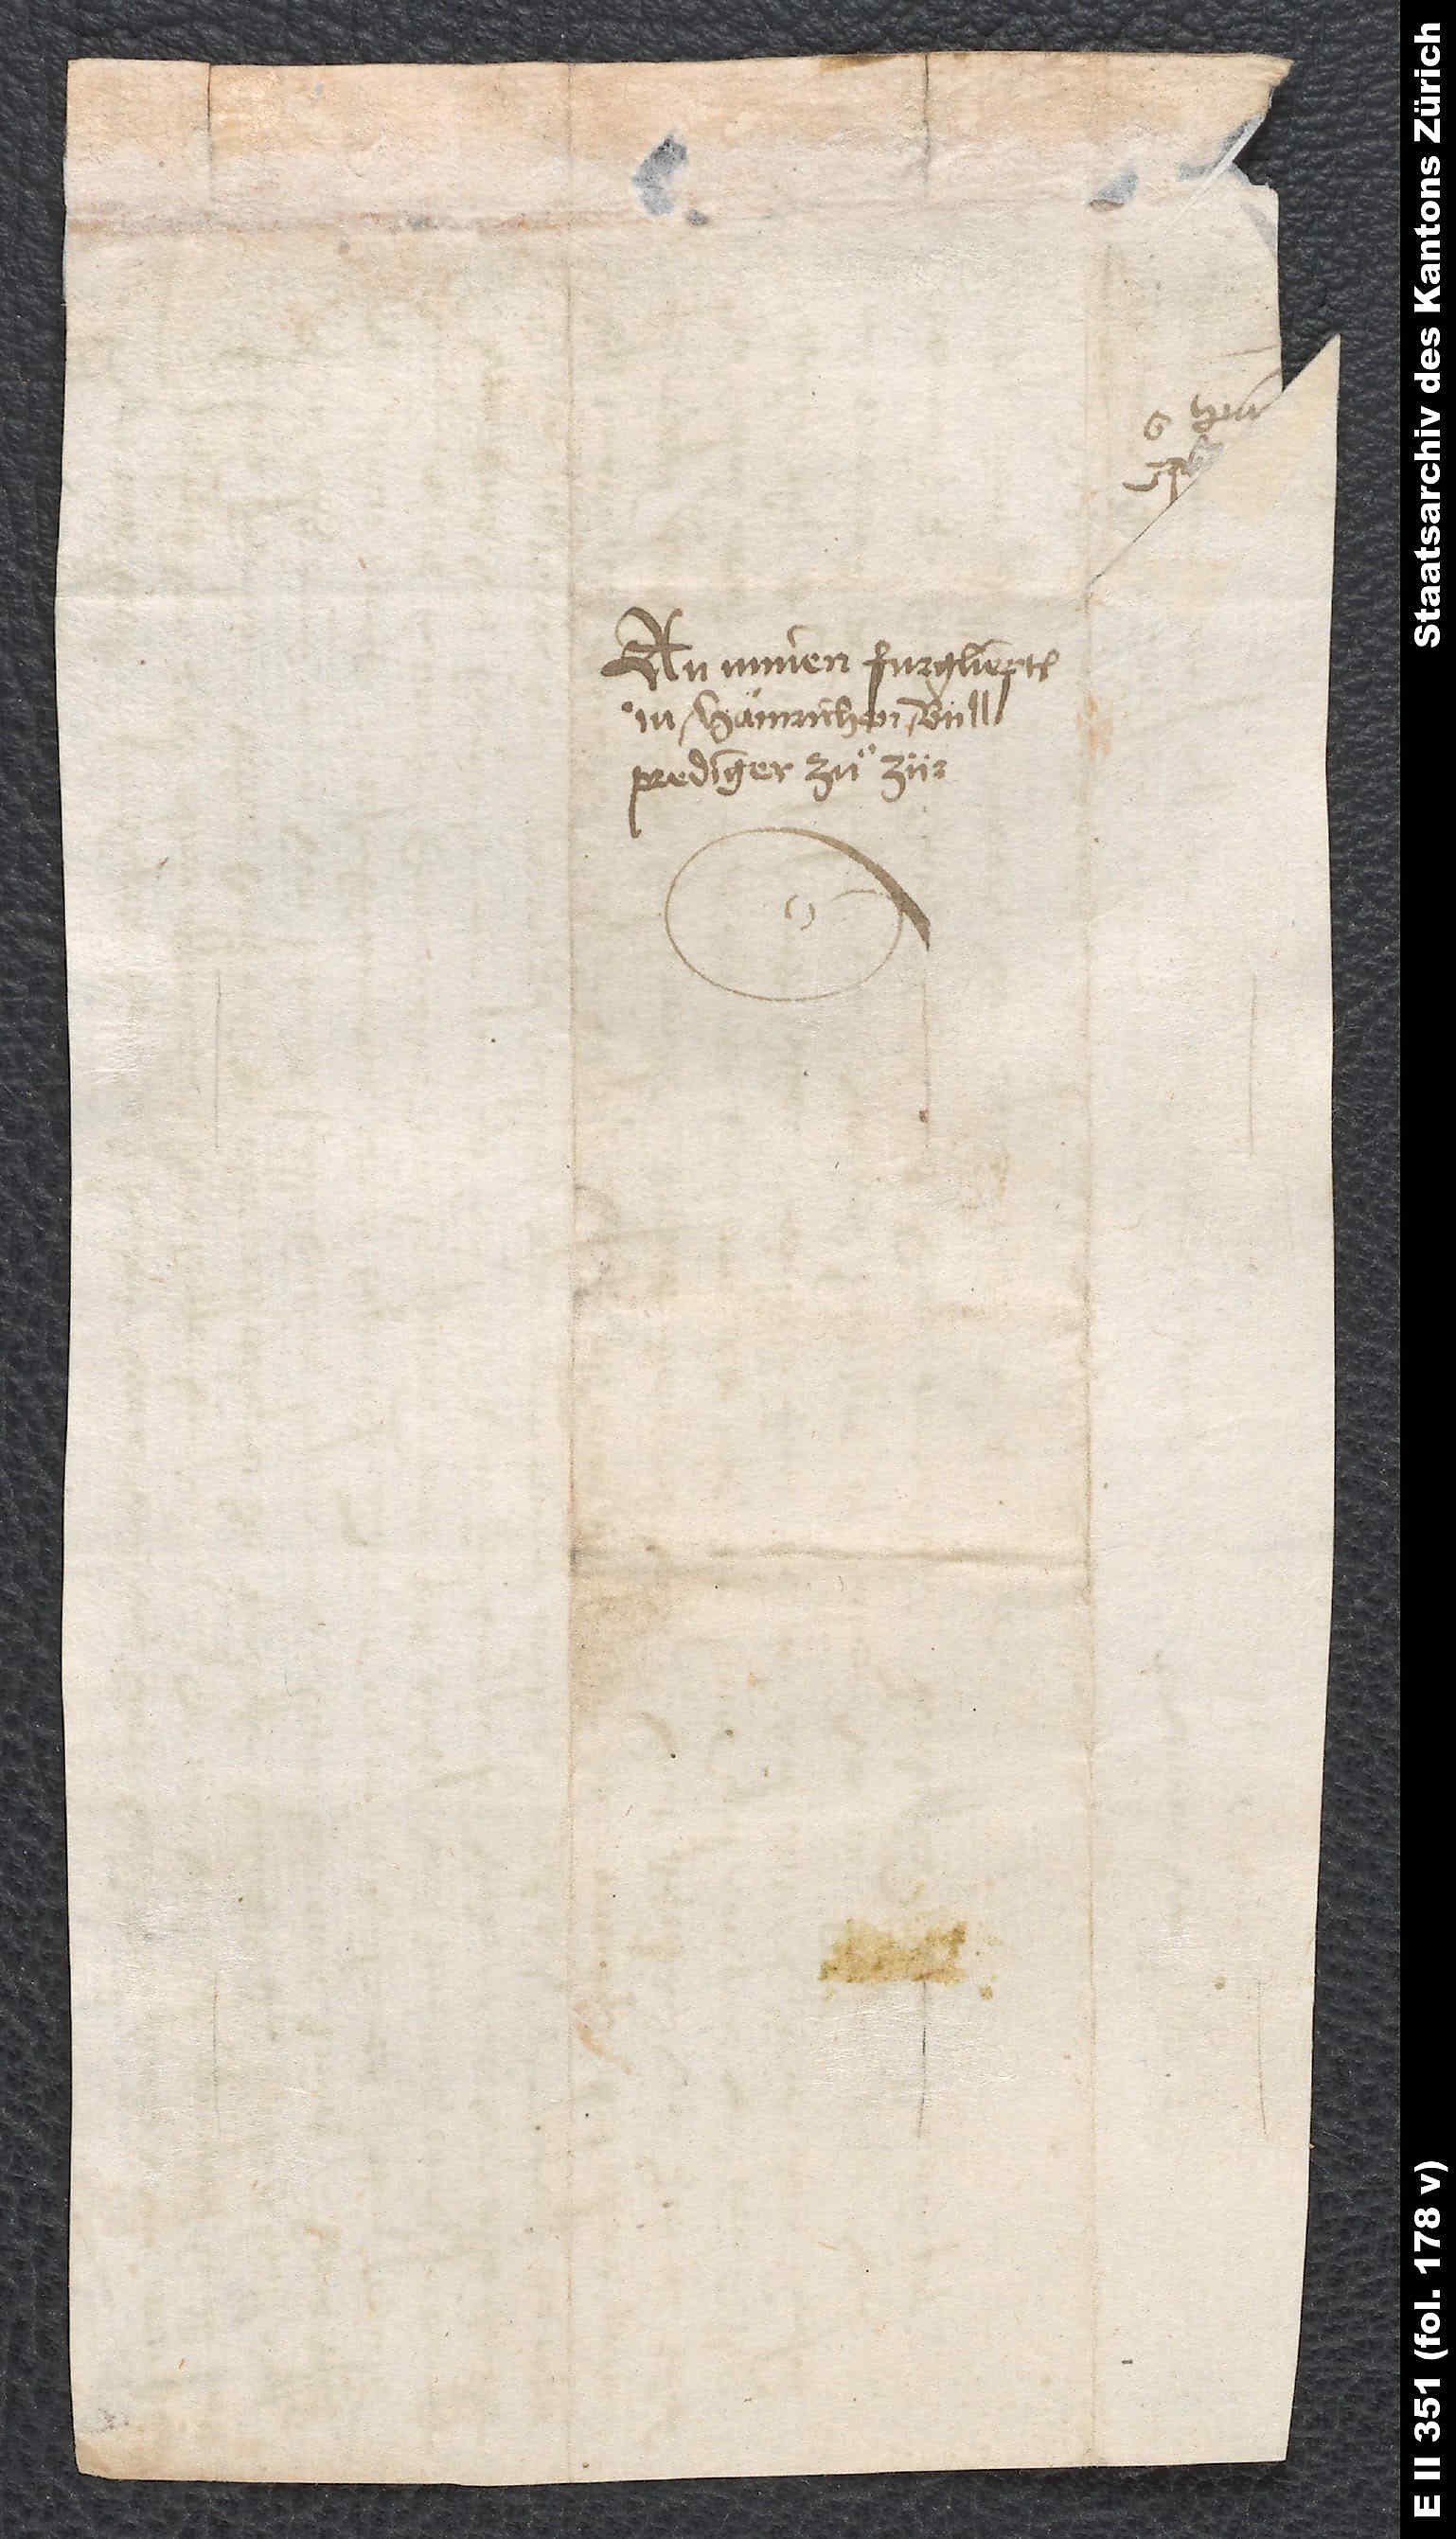
An minen furgliepten
M. Hainrichen Bulligem,
prediger zuͦ Zürych.